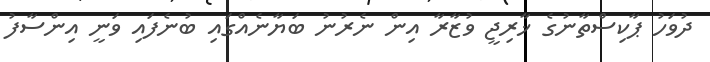
ދުވަހު ޕާކިސްތާނުގެ ޚާރިޖީ ވުޒާރާ އިން ނެރުނު ބަޔާނެއްގައި ބުނެފައި ވަނީ އިންސާފު